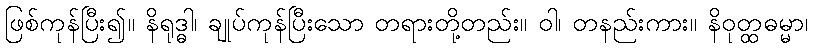
ဖြစ်ကုန်ပြီး၍။ နိရုဒ္ဓါ၊ ချုပ်ကုန်ပြီးသော တရားတို့တည်း။ ဝါ၊ တနည်းကား။ နိဝုတ္ထဓမ္မာ၊